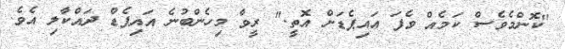
"ކޮންމެވެސް ކަމެއް ވެފަ އައިޕެޑަށް އޮތީ." ރީވާ މިހެންބުނެ އައިޕެޑް ދައްކާލި އެވެ.